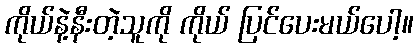
ကိုယ်နဲ့နီးတဲ့သူကို ကိုယ် ပြင်ပေးမယ်ပေါ့။